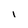
Character: i